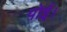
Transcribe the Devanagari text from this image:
पोई।